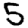
Digit: 5